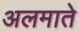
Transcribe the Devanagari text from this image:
अलमाते